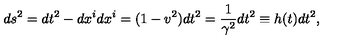
d s ^ { 2 } = d t ^ { 2 } - d x ^ { i } d x ^ { i } = ( 1 - v ^ { 2 } ) d t ^ { 2 } = \frac { 1 } { \gamma ^ { 2 } } d t ^ { 2 } \equiv h ( t ) d t ^ { 2 } ,